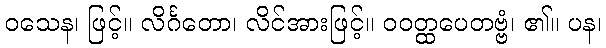
ဝသေန၊ ဖြင့်။ လိင်္ဂတော၊ လိင်အားဖြင့်။ ဝဝတ္ထပေတဗ္ဗံ၊ ၏။ ပန၊